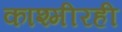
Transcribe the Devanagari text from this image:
काश्मीरही